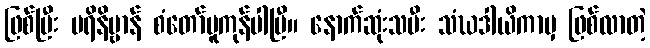
ဖြစ်ပြီး ပရိနိဗ္ဗာန် စံတော်မူကုန်ပါပြီ။ နောက်ဆုံးသမီး သံဃဒါယိကာမှ ဖြစ်လာတဲ့